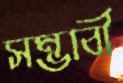
সম্ভাবী